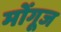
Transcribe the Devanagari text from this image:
मोंगूज